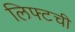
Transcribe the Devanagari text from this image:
लिफ्टची